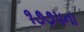
૧૭૭૫ના